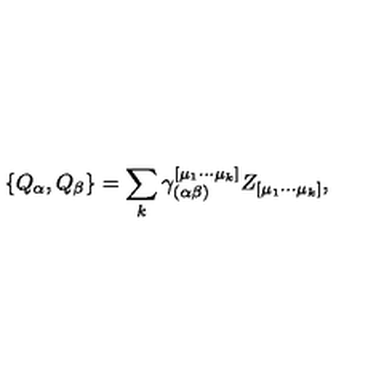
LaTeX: \{ Q _ { \alpha } , Q _ { \beta } \} = \sum _ { k } \gamma _ { ( \alpha \beta ) } ^ { [ \mu _ { 1 } \cdots \mu _ { k } ] } Z _ { [ \mu _ { 1 } \cdots \mu _ { k } ] } ,